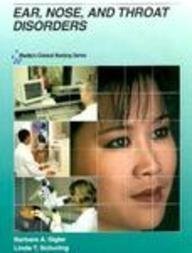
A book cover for Mosby's Clinical Nursing Series: Ear, Nose and Throat Disorders, 1e; Barbara A. Sigler MNEd  RN  CORLN; Medical Books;